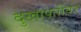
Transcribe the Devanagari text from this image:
दुखापतींवर